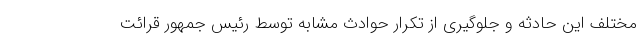
مختلف این حادثه و جلوگیری از تکرار حوادث مشابه توسط رئیس جمهور قرائت